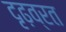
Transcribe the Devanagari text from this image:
दृढ़व्रत